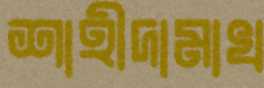
শাহীদামাখ